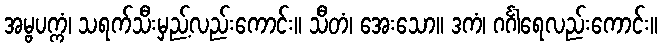
အမ္ဗပက္ကံ၊ သရက်သီးမှည့်လည်းကောင်း။ သီတံ၊ အေးသော။ ဒကံ၊ ဂင်္ဂါရေလည်းကောင်း။